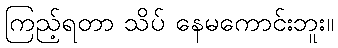
ကြည့်ရတာ သိပ် နေမကောင်းဘူး။